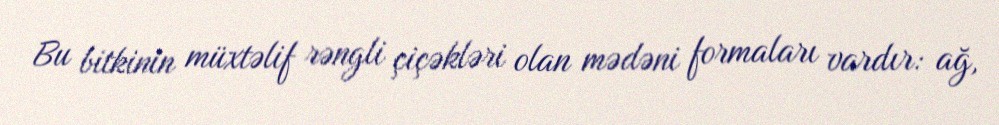
Bu bitkinin müxtəlif rəngli çiçəkləri olan mədəni formaları vardır: ağ,